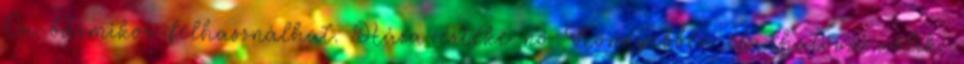
Ön bármikor felhasználhat. Háza értéke nő Könnyebben eladhatóvá válik.